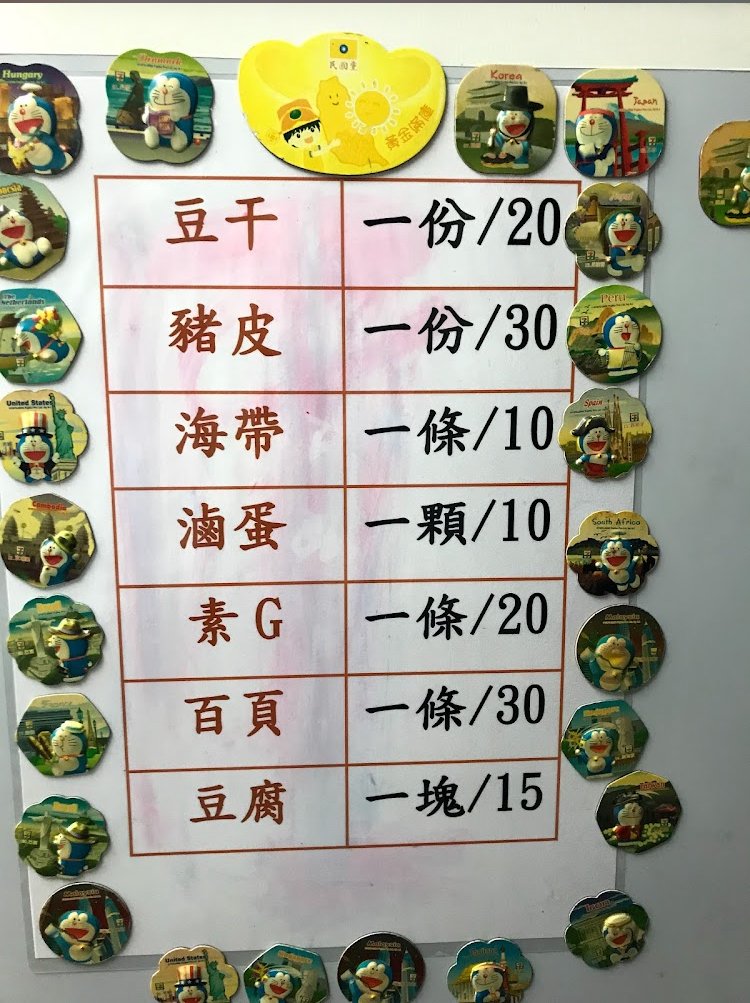
菜單：
name: 豆干
price: 20
name: 豬皮
price: 30
name: 海帶
price: 10
name: 滷蛋
price: 10
name: 素G
price: 20
name: 百頁
price: 30
name: 豆腐
price: 15